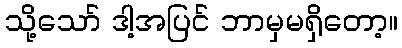
သို့သော် ဒါ့အပြင် ဘာမှမရှိတော့။